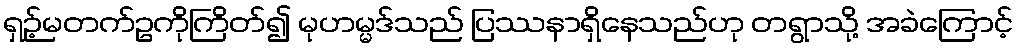
ရှဉ့်မတက်ဥကိုကြိတ်၍ မုဟမ္မဒ်သည် ပြဿနာရှိနေသည်ဟု တရွာသို့ အခဲကြောင့်